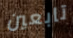
تابعين